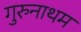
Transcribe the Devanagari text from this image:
गुरुनाथम